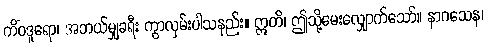
ကိံဝဒူရော၊ အဘယ်မျှခရီး ကွာလှမ်းပါသနည်း။ ဣတိ၊ ဤသို့မေးလျှောက်သော်။ နာဂသေန၊